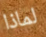
لماذا